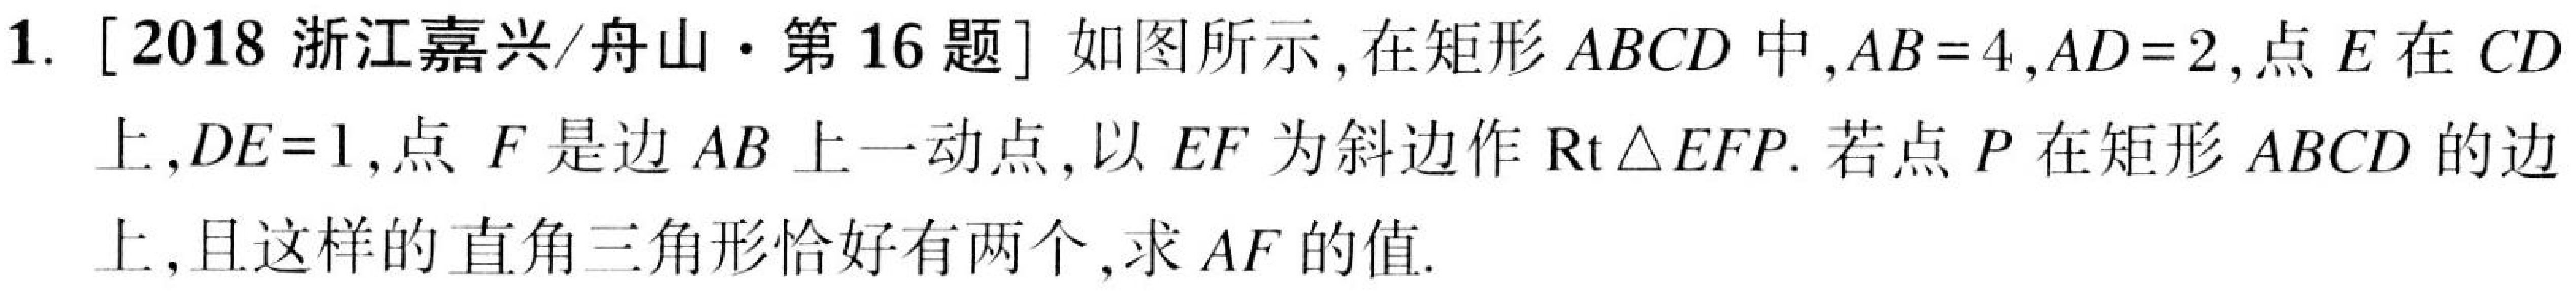
1. [2018 浙江嘉兴/舟山·第 16 题] 如图所示，在矩形\(ABCD\)中，\(AB = 4\)，\(AD = 2\)，点\(E\)在\(CD\)
上，\(DE = 1\)，点\(F\)是边\(AB\)上一动点，以\(EF\)为斜边作\(\text{Rt}\triangle EFP\). 若点\(P\)在矩形\(ABCD\)的边
上，且这样的直角三角形恰好有两个，求\(AF\)的值.